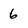
Character: 6